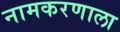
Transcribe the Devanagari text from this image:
नामकरणाला